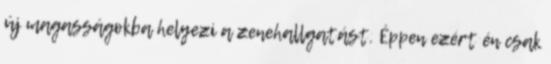
új magasságokba helyezi a zenehallgatást. Éppen ezért én csak